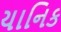
યાનિક